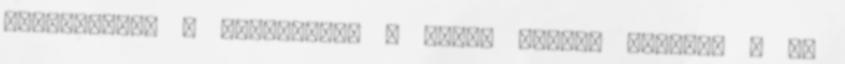
megoszlanak a szavazatok a három jelölt között, s az